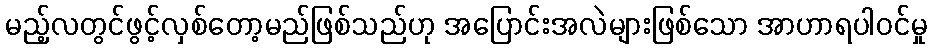
မည့်လတွင်ဖွင့်လှစ်တော့မည်ဖြစ်သည်ဟု အပြောင်းအလဲများဖြစ်သော အာဟာရပါဝင်မှု